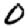
Digit: 0